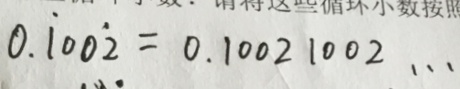
0 . \dot { 1 } 0 0 \dot { 2 } = 0 . 1 0 0 2 1 0 0 2 \cdots